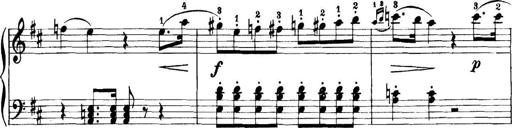
Title: 11 Sonatinas
Composer: Anton Diabelli